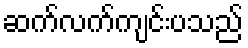
ဆက်လက်ကျင်းပသည်